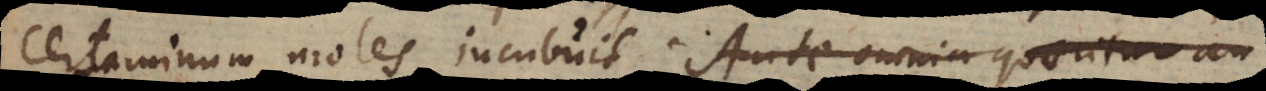
certaminum moles incubuit. Ante omnia quaeritur an